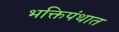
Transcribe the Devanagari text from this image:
भक्तिपंथात